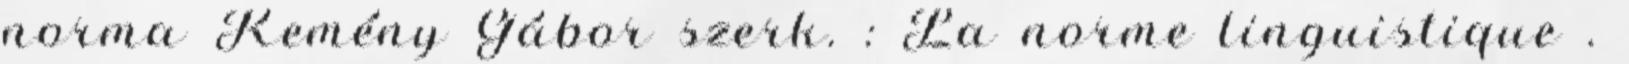
norma Kemény Gábor szerk. : La norme linguistique .